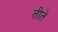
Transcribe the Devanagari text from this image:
तीते